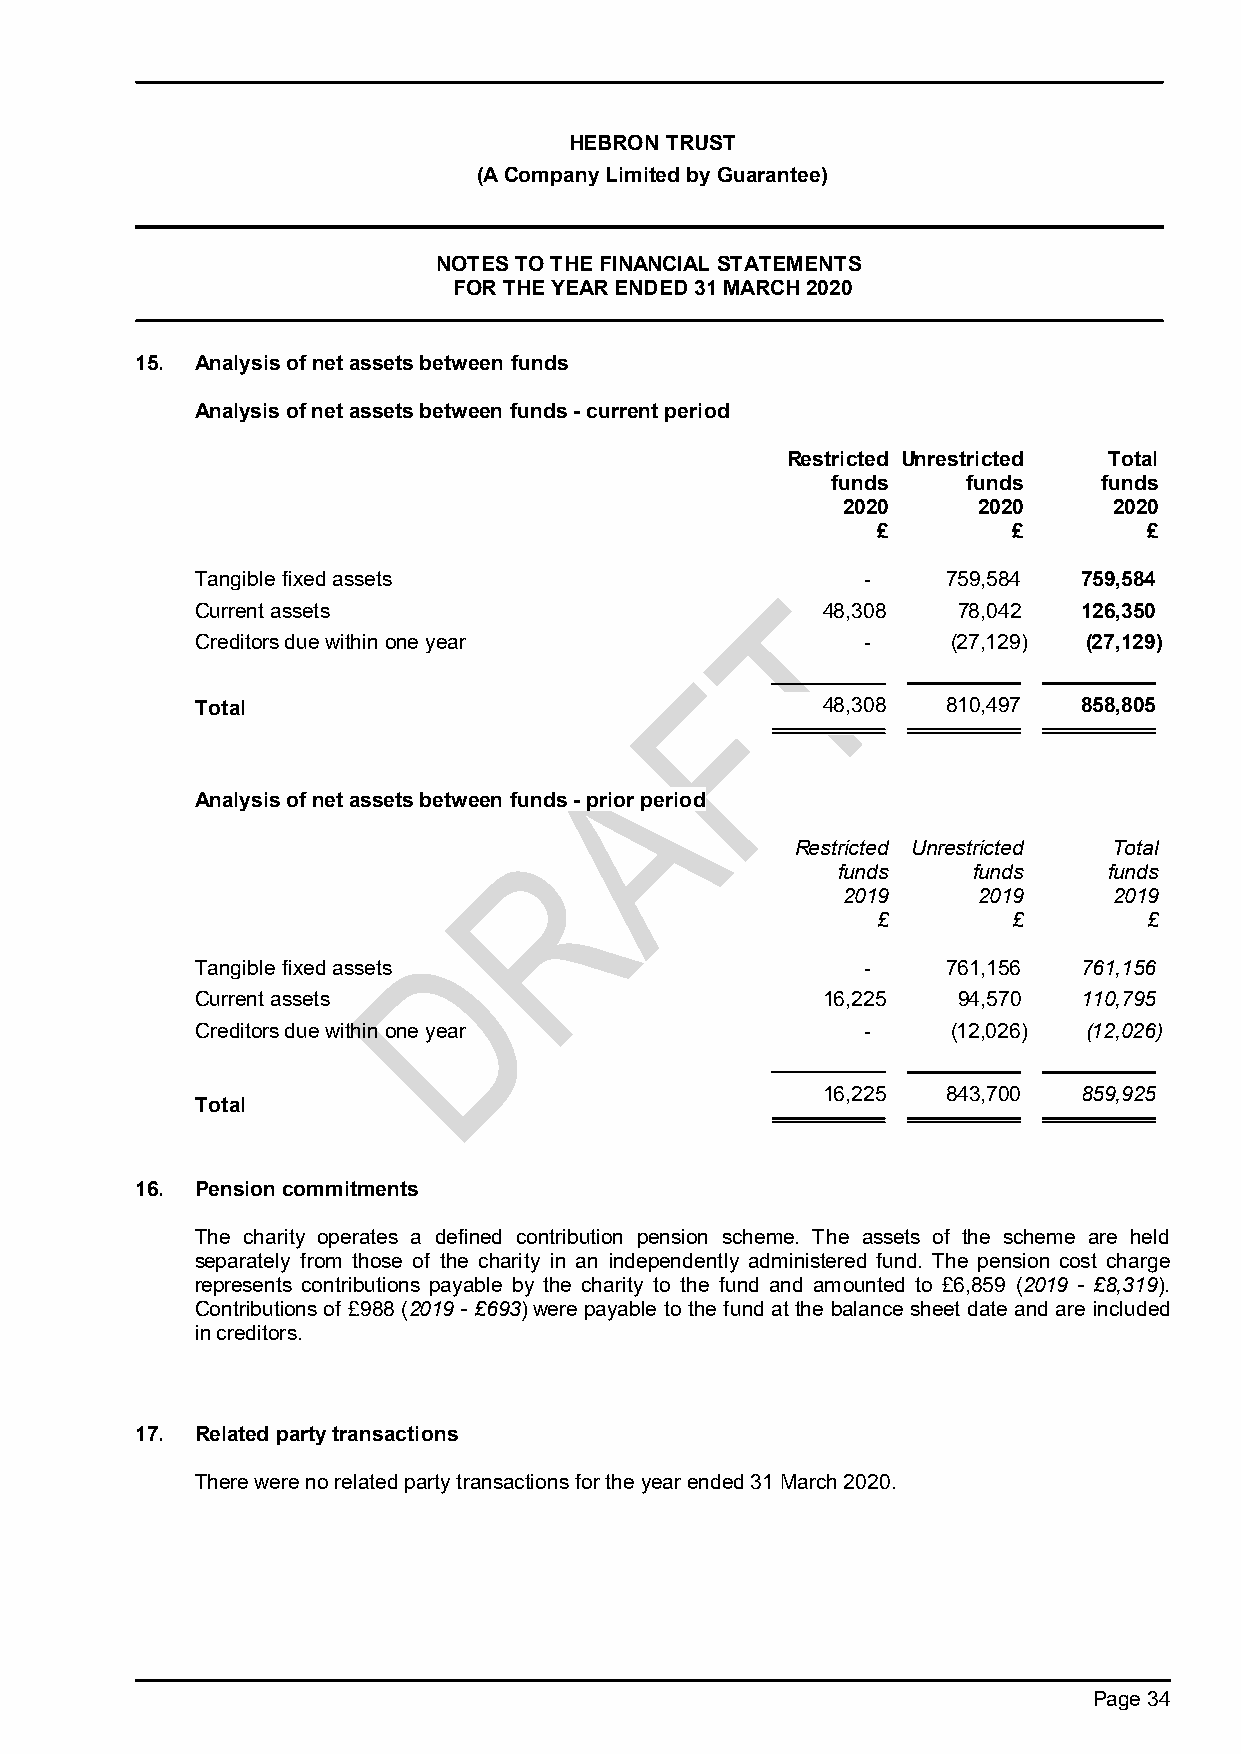
HEBRON TRUST
 (A Company Limited by Guarantee)
 NOTES TO THE FINANCIAL STATEMENTS
 FOR THE YEAR ENDED 31 MARCH 2020
 15. Analysis of net assets between funds
 Analysis of net assets between funds - current period
 Restricted Unrestricted Total
 funds    funds    funds
 2020     2020     2020
 £        £        £
 Tangible fixed assets                       -     759,584  759,584
 Current assets                         T48,308    78,042   126,350
 Creditors due within one year               -     (27,129) (27,129)
 F
 Total                                    48,308   810,497  858,805
 A
 Analysis of net assets between funds - prior period
 Restricted Unrestricted Total
 R
 funds    funds    funds
 2019     2019     2019
 £        £        £
 D
 Tangible fixed assets                       -     761,156  761,156
 Current assets                           16,225   94,570   110,795
 Creditors due within one year               -     (12,026) (12,026)
 16,225   843,700  859,925
 Total
 16. Pension commitments
 The charity operates a defined contribution pension scheme. The assets of the scheme are held
 separately from those of the charity in an independently administered fund. The pension cost charge
 represents contributions payable by the charity to the fund and amounted to £6,859 (2019 - £8,319).
 Contributions of £988 (2019 - £693) were payable to the fund at the balance sheet date and are included
 in creditors.
 17. Related party transactions
 There were no related party transactions for the year ended 31 March 2020.
 Page 34